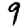
Digit: 9